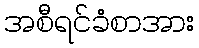
အစီရင်ခံစာအား